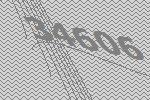
34606